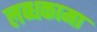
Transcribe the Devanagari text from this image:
लब्धकामा